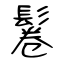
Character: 鬈